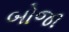
બોજા